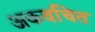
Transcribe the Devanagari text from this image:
अकवचित